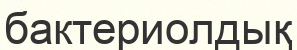
бактериолдық